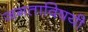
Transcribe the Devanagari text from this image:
जगताविषयी